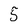
Character: 5